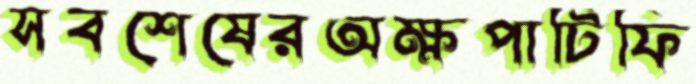
সবশেষেরঅক্ষপাটিফি